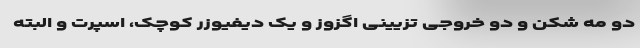
دو مه شکن و دو خروجی تزیینی اگزوز و یک دیفیوزر کوچک، اسپرت و البته